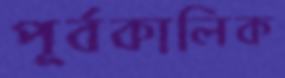
পূর্বকালিক